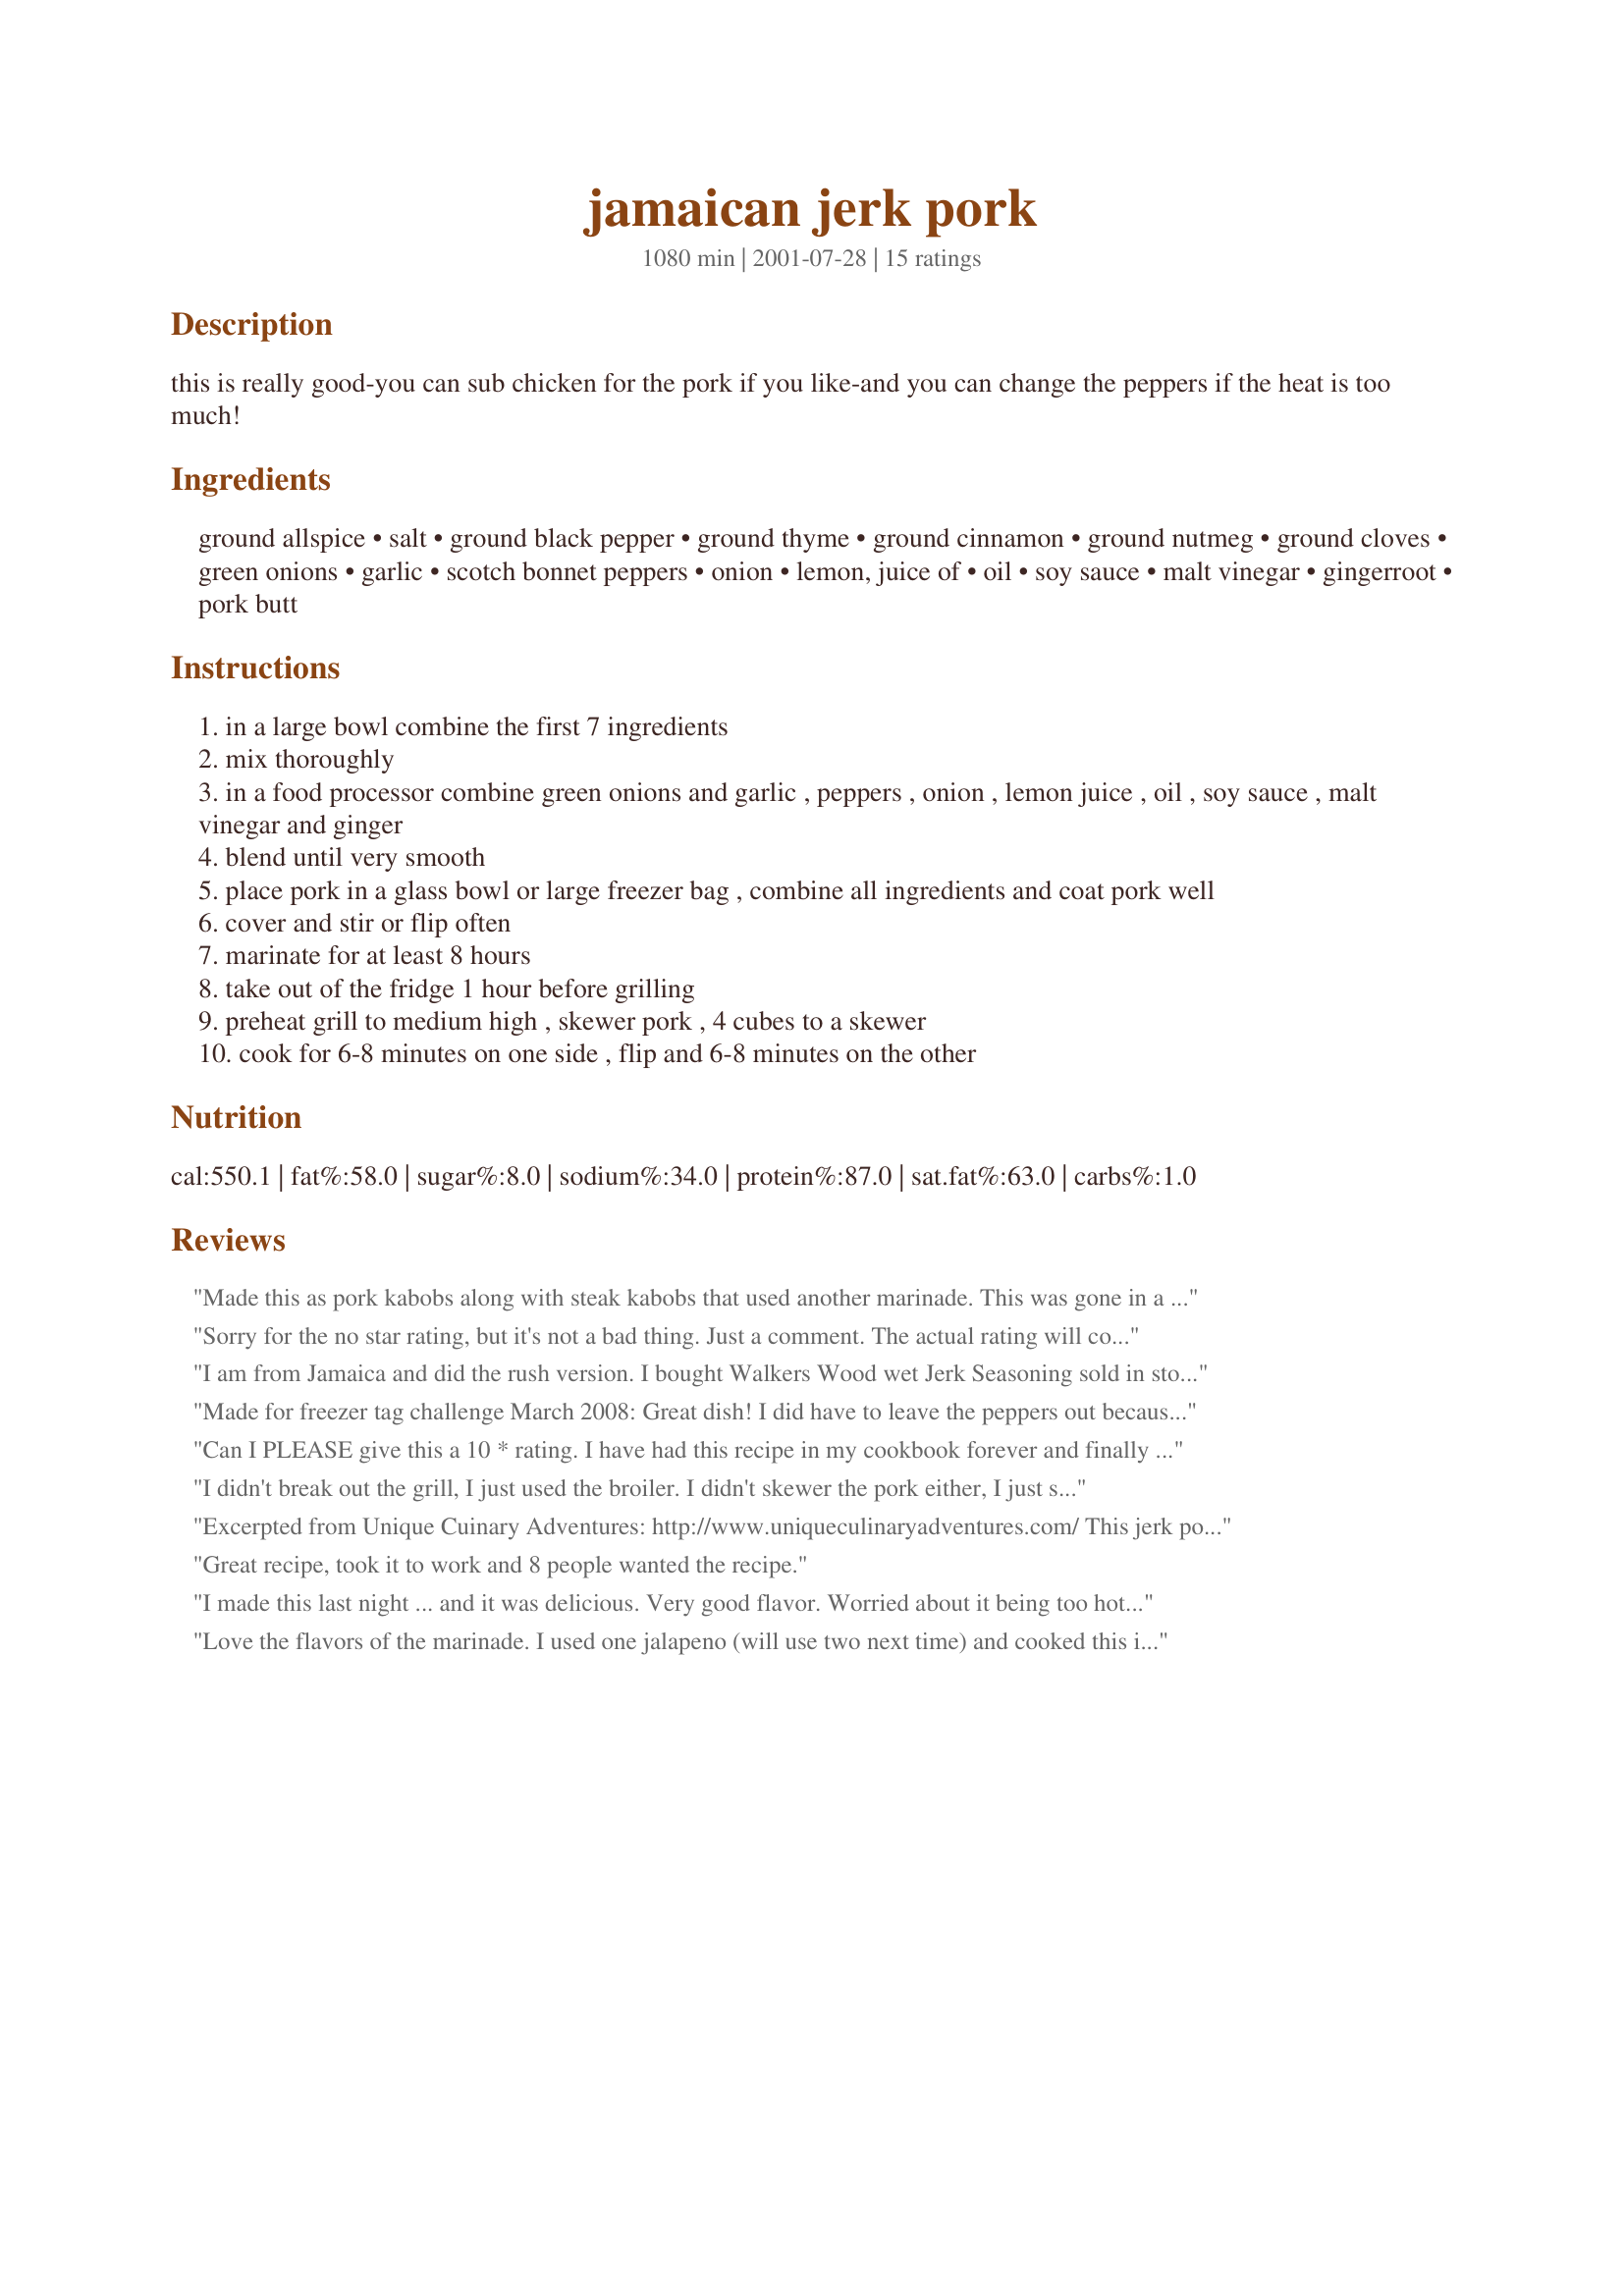
jamaican jerk pork
Preparation time: 1080 minutes

this is really good-you can sub chicken for the pork if you like-and you can change the peppers if the heat is too much!

Ingredients:
ground allspice, salt, ground black pepper, ground thyme, ground cinnamon, ground nutmeg, ground cloves, green onions, garlic, scotch bonnet peppers, onion, lemon, juice of, oil, soy sauce, malt vinegar, gingerroot, pork butt

Steps:
in a large bowl combine the first 7 ingredients
mix thoroughly
in a food processor combine green onions and garlic , peppers , onion , lemon juice , oil , soy sauce , malt vinegar and ginger
blend until very smooth
place pork in a glass bowl or large freezer bag , combine all ingredients and coat pork well
cover and stir or flip often
marinate for at least 8 hours
take out of the fridge 1 hour before grilling
preheat grill to medium high , skewer pork , 4 cubes to a skewer
cook for 6-8 minutes on one side , flip and 6-8 minutes on the other

Reviews:
Made this as pork kabobs along with steak kabobs that used another marinade. This was gone in a flash, still have steak left over! Everyone loved it, so flavorful and smelled unbelievable while grilling. Thanks for sharing
Sorry for the no star rating, but it's not a bad thing. Just a comment. The actual rating will come after I completely make your dish.
I've been craving some type of jerked dish and ran across this one. I haven't made it yet, but am looking forward to doing it the first chance I get, as this recipe is going to take some extra time. Since finding this recipe, I haven't had time to put into it. However, your spice blend sounded really nice, so you inspired me to make a quick dish. In the process getting an idea of how your blend tastes. Sooooo......In the mean time, I mixed together the dry ingredients, sub'd fresh onion,garlic and scotch bonnet with powdered/crushed and added it to the other dry ingredients. I then rubbed it into 2 nice sirloins and tossed them on the grill. YUMM!! 
Very good! Smelled heavenly on the grill. Packed a punch with the crushed peppers, which we loved. I'm looking even more forward to making your Jamaican Jerk Pork. Till then. Bon Apetite. LeeAnn:-)
I am from Jamaica and did the rush version. I bought Walkers Wood wet Jerk Seasoning sold in stores. Make sure your coals are white before grilling, Jerk is a slow process - for a real country taste, wrap meat in banana leaves. Yummy anyway you do it!
Made for freezer tag challenge March 2008: Great dish! I did have to leave the peppers out because I needed it to be child friendly, but really wish I had been able to put them in. I served with recipes #224793 and recipe #184211. My husband and I decided it was one of the best "low-fat" recipes we have had in a very long time. We will be making regularly, that is for sure. To freeze: Complete through step six. Place in a zip-top bag and freeze. To serve: Thaw overnight. Complete steps 8-10. Weight Watchers: 5 pts per 4 oz serving.
Can I PLEASE give this a 10 * rating. I have had this recipe in my cookbook forever and finally made it. It is incredible! I made a second batch to feed company this coming weekend. I have given a couple of pounds away to family. The guys going to hunting camp a month from now have already placed an order! Can hardly wait to try this on chicken..turkey...moose!!Di, this is a serious keeper. Did I see a Jamacian Dry Rub in your recipes?? Off to peek at it. Thanks so much for posting...just incredible...really! =)
I didn't break out the grill, I just used the broiler. I didn't skewer the pork either, I just spread the pork cubes in an even layer on a baking sheet and then flipped them with a spatula half way through. I didn't use any peppers, just about a 1/2 teaspoon of crushed red pepper(I'm a heat wimp.) I made the marinade the night before, put it into a zip top bag and threw in the pork cubes to marinate for 24 hours. The pork was so moist and flavorful. I enjoyed having pork that was out of the ordinary for me, but not so out of the ordinary that it would turn off my picky eater husband.
Excerpted from Unique Cuinary Adventures: http://www.uniqueculinaryadventures.com/ This jerk pork was killer. It was promised in our post of September 10 and bore no resemblance to what Caribbean American Gourmet on West Lexington Street was dishing out from behind bulletproof glass. Thirty years have passed since I've tasted jerk pork comparable to what's pictured above. That early experience was in the hills of Jamaica where scores of locals were gathered around pimiento wood fire over which huge chunks of pork were grilling away. Here in Baltimore, I simply fired up the Kingsford in the back yard with some mesquite charcoal, and it did the trick.

I'm convinced that considerable disillusion abounds about jerk pork and wonder if some of it didn't originate in Jamaica where numerous Rastafarian ideologies passionately condemn the consumption of any kind of red meat, particularly pork. In the United States, the disillusionment asserts itself with acceptance---as demonstrated both in cookbooks and on menus---that pork loin works as well as shoulder. Presumably that's because loin is leaner and healthier. The same can be said for jerk chicken and jerk fish, which have pretty much become mainstream United States staples. It's all about seasoning, and when the right mix of ingredients are blended, the flavor is hard not to like. My contention is that that pork butt brings the experience up to a whole new level.
Great recipe, took it to work and 8 people wanted the recipe.
I made this last night ... and it was delicious. Very good flavor. Worried about it being too hot, I used only one habanero ... and a serrano. It was not that hot at all. Next time I'll definitely use two habaneros. (One fresh one cost me only 7 cents at Safeway, what the heck!)
Love the flavors of the marinade. I used one jalapeno (will use two next time) and cooked this in the oven. Can&#039;t wait to try it on the grill next time.
I made a Jerk Seasoning from the first 7 ingredients to use in Mean's recipe #63869, and it worked great! Can't wait to try this entire recipe, as I know I'll love it with all of those flavors and great heat!
I lived in Jamaica for the past 4 years and have eaten my share of jerk pork. I must admit this was THE BEST!!!
Fantastic flavor. I made it exactly as described, but I added one more habanero (3 total). I also used pork tenderloins, not cubed up, and I did grill them. I have been looking for many years for a really great jerk recipe, and I think this one is it.
Very good but mine weren't done in 6-8 min. I loved the flavor but were hard to eat. May cut out all the fat and gristle when cutting into cubes.
Ok, I'm a little upset...why, oh why will it not let me leave 10 stars??!!!! This was YUMMY! Your family will love it!!!! 'Nuff said!!!
